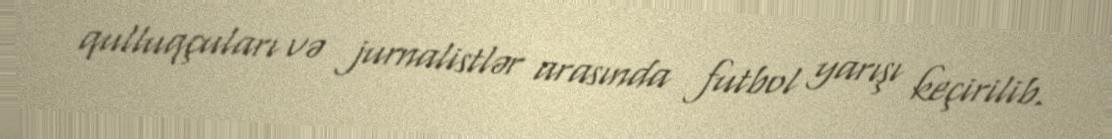
qulluqçuları və jurnalistlər arasında futbol yarışı keçirilib.